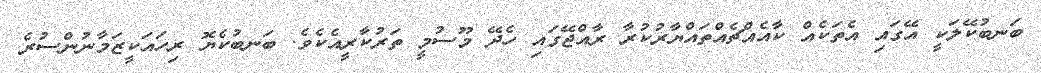
ބަނބުކޭލަކީ އޭގައި އެތަކެއް ކާއެއްޗެއްތައްޔާރުކުރާ ރާއްޖޭގައި ހެދޭ މޫސުމީ ތަރުކާރީއެކެވެ. ބަނބުކެޔޮ ރިހައަކީޒަމާނުންސުރެ